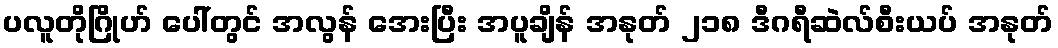
ပလူတိုဂြိုဟ် ပေါ်တွင် အလွန် အေးပြီး အပူချိန် အနုတ် ၂၁၈ ဒီဂရီဆဲလ်စီးယပ် အနုတ်